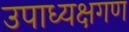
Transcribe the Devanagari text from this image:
उपाध्यक्षगण